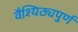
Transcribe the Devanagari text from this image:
वैश्यिठ्यपुर्ण